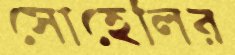
সোহেলির